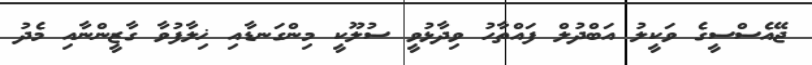
ޖޭއެސްސީގެ ވަކީލު އަބްދުލް ފައްތާހު ވިދާޅުވީ ސުލޫކީ މިންގަނޑާއި ޚިލާފުވާ ގާޒީންނާއި މެދު